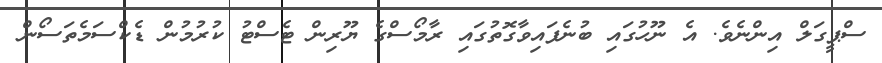
ސްޕީގަލް އިންނެވެ. އެ ނޫހުގައި ބުނެފައިވާގޮތުގައި ރާމޯސްގެ ޔޫރިން ޓެސްޓު ކުރުމުން ޑެކްސަމެތަސޯން